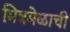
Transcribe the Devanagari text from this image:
मित्रमेळाची